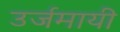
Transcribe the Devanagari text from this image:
उर्जमायी